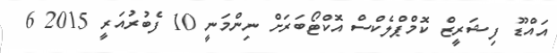
އައްޑޫ ފިޝަރީޒް ކޮމްޕްލެކްސް އޮކްޓޯބަރަށް ނިންމަނީ 10 ފެބުރުއަރީ 2015 6